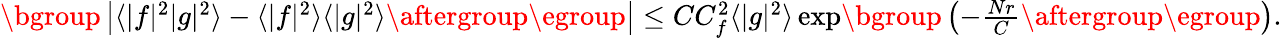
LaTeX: \begin{array}{r}{\mathopen{}\mathclose\bgroup\left|\langle|f|^{2}|g|^{2}\rangle-\langle|f|^{2}\rangle\langle|g|^{2}\rangle\aftergroup\egroup\right|\leq CC_{f}^{2}\langle|g|^{2}\rangle\exp\mathopen{}\mathclose\bgroup\left(-\frac{Nr}{C}\aftergroup\egroup\right).}\end{array}